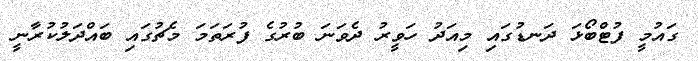
ގައުމީ ފުޓްބޯޅަ ދަނޑުގައި މިއަދު ހަވީރު ދެވަނަ ބުރުގެ ފުރަތަމަ މެޗުގައި ބައްދަލުކުރާނީ